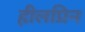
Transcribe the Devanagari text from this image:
हीलप्रिन